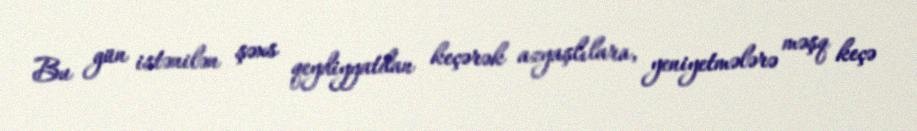
Bu gün istənilən şəxs qeydiyyatdan keçərək azyaşlılara, yeniyetmələrə məşq keçə